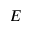
E